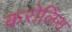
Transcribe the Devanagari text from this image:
करोलिंस